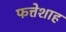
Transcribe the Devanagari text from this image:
फत्तेशाह